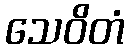
သေဝိတံ